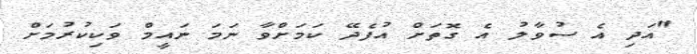
"އަދި އެ ސުވާލު އެ ގޮތަށް އުފެދޭ ކަމަށްވާ ނަމަ ނައީމް ވަކިކުރުމަށް